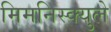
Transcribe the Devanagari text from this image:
मिमनिस्क्युले